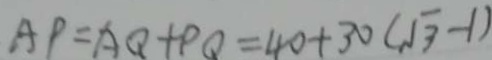
A P = A Q + P Q = 4 0 + 3 0 ( \sqrt { 3 } - 1 )